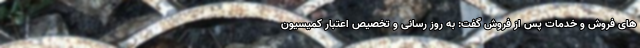
های فروش و خدمات پس از فروش گفت: به روز رسانی و تخصیص اعتبار کمیسیون